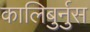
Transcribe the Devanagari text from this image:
कालिबुर्नुस